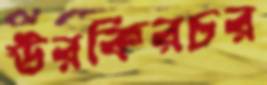
উরকিরচর